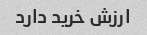
ارزش خرید دارد